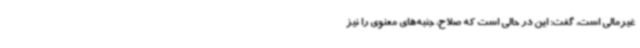
غیرمالی است، گفت: این در حالی‌ است که صلاح، جنبه‌های معنوی را نیز